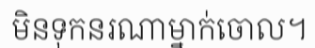
មិនទុកនរណាម្នាក់ចោល។